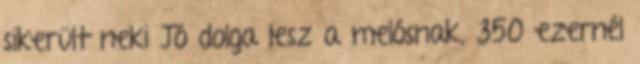
sikerült neki Jó dolga lesz a melósnak, 350 ezernél